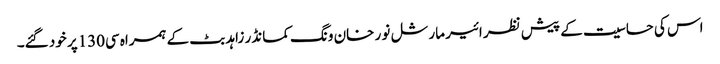
اس کی حساسیت کے پیش نظر ائیر مارشل نو ر خان ونگ کمانڈر زاہد بٹ کے ہمراہ سی130پر خود گئے۔